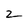
Character: 2